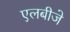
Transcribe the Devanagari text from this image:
एलबीजे